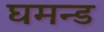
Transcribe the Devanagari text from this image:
घमन्ड